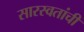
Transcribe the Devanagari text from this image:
सारस्वतांची